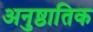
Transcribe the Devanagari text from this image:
अनुष्ठातिक